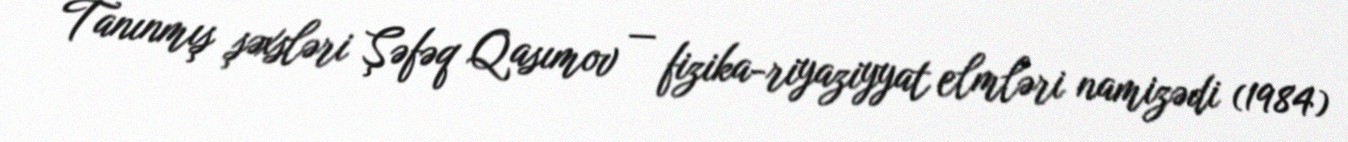
Tanınmış şəxsləri Şəfəq Qasımov — fizika-riyaziyyat elmləri namizədi (1984)